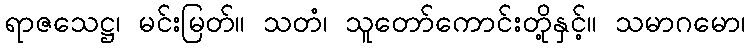
ရာဇသေဋ္ဌ၊ မင်းမြတ်။ သတံ၊ သူတော်ကောင်းတို့နှင့်။ သမာဂမော၊